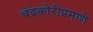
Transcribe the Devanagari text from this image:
चंद्रकोरीप्रमाणे